Indian journal of veterinary science and animal husbandry - Volumes 24-25, 1954-1955
Year: 1954
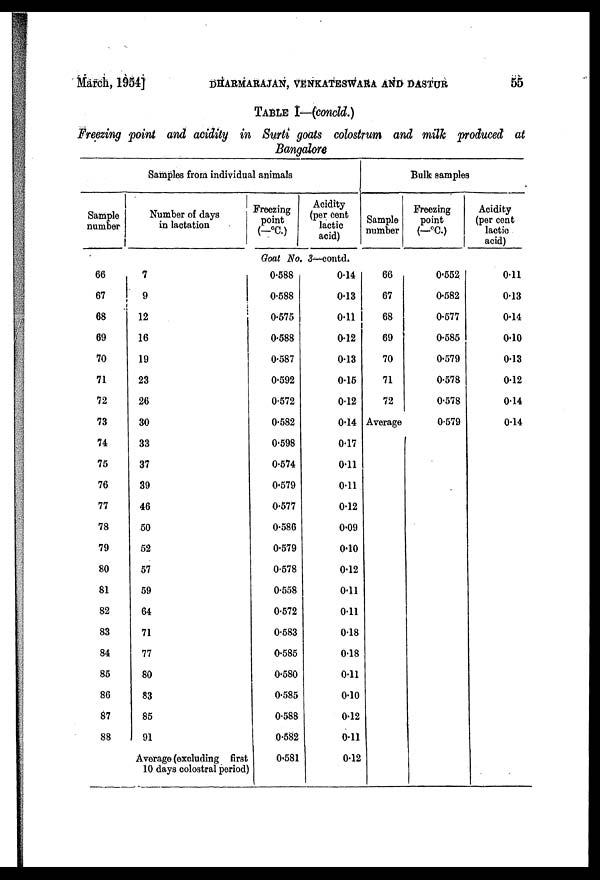
March, 1954] DHARMARAJAN, VENKATESWARA AND DASTUR 55
TABLE I—(concld.)
Freezing point and acidity in Surti goats colostrum and milk produced at
Bangalore
Samples from individua
animals
Sample
number
66
67
68
69
70
71
72
73
74
75
76
77
78
79
80
81
82
83
84
85
86
87
88
Number of days
in lactation
7
9
12
16
19
23
26
30
33
37
39
46
50
52
57
59
64
71
77
80
83
85
91
Average (excluding first
10 days colostral period)
Freezing
point
(—°C.)
Acidity
(per cent
lactic
acid)
Goat No. 3—contd.
0.588
0.588
0.575
0.588
0.587
0.592
0.572
0.582
0.598
0.574
0.579
0.577
0.586
0.579
0.578
0.558
0.572
0.583
0.585
0.580
0.585
0.588
0.582
0.581
0.14
0.13
0.11
0.12
0.13
0.15
0.12
0.14
0.17
0.11
0.11
0.12
0.09
0.10
0.12
0.11
0.11
0.18
0.18
0.11
0.10
0.12
0.11
0.12
Bulk samples
Sample
number
66
67
68
69
70
71
72
Average
Freezing
point
(—°C.)
0.552
0.582
0.577
0.585
0.579
0.578
0.578
0.579
Acidity
(per cent
lactic
acid)
0.11
0.13
0.14
0.10
0.13
0.12
0.14
0.14